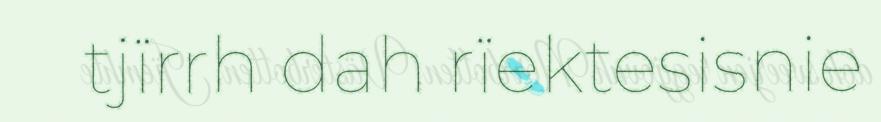
tjïrrh dah rïektesisnie